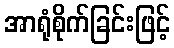
အာရုံစိုက်ခြင်းဖြင့်